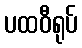
ပထဝီရုပ်